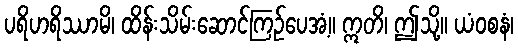
ပရိဟရိဿာမိ၊ ထိန်းသိမ်းဆောင်ကြဉ်ပေအံ့။ ဣတိ၊ ဤသို့။ ယံဝစနံ၊